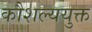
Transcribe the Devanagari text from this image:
कौशल्ययुक्त